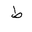
Letter: _da